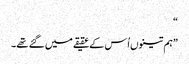
“
”ہم تینوں اُس کے عقیقے میں گئے تھے۔